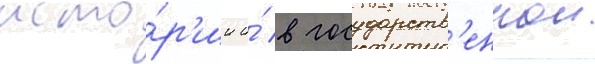
исто́р'ии и́ в государств'еннои